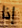
إذا